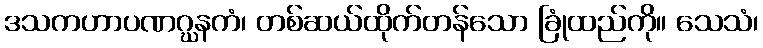
ဒသကဟာပဏဂ္ဃနကံ၊ တစ်ဆယ်ထိုက်တန်သော ခြုံထည်ကို။ သေသံ၊